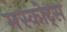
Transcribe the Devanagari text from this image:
मस्कोट्स